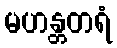
မဟန္တတရံ